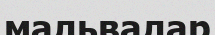
мальвалар